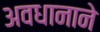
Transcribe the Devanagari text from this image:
अवधानाने